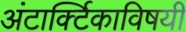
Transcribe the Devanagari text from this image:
अंटार्क्टिकाविषयी